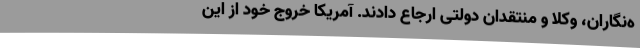
ه‌نگاران، وکلا و منتقدان دولتی ارجاع دادند. آمریکا خروج خود از این